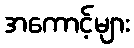
အကောင့်များ